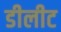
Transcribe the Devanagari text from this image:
डीलीट